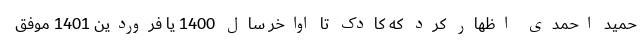
حمید احمدی اظهار کرد که کادک تا اواخر سال 1400 یا فروردین 1401 موفق